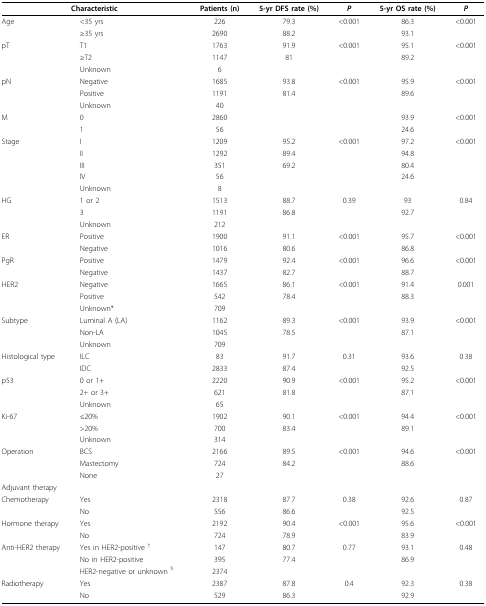
<table><thead><tr><td colspan="2"><b>Characteristic</b></td><td><b>Patients (n)</b></td><td><b>5-yr DFS rate (%)</b></td><td><b><i>P</i></b></td><td><b>5-yr OS rate (%)</b></td><td><b><i>P</i></b></td></tr></thead><tbody><tr><td>Age</td><td>&lt;35 yrs</td><td>226</td><td>79.3</td><td>&lt;0.001</td><td>86.3</td><td>&lt;0.001</td></tr><tr><td></td><td>≥35 yrs</td><td>2690</td><td>88.2</td><td></td><td>93.1</td><td></td></tr><tr><td>pT</td><td>T1</td><td>1763</td><td>91.9</td><td>&lt;0.001</td><td>95.1</td><td>&lt;0.001</td></tr><tr><td></td><td>≥T2</td><td>1147</td><td>81</td><td></td><td>89.2</td><td></td></tr><tr><td></td><td>Unknown</td><td>6</td><td></td><td></td><td></td><td></td></tr><tr><td>pN</td><td>Negative</td><td>1685</td><td>93.8</td><td>&lt;0.001</td><td>95.9</td><td>&lt;0.001</td></tr><tr><td></td><td>Positive</td><td>1191</td><td>81.4</td><td></td><td>89.6</td><td></td></tr><tr><td></td><td>Unknown</td><td>40</td><td></td><td></td><td></td><td></td></tr><tr><td>M</td><td>0</td><td>2860</td><td></td><td></td><td>93.9</td><td>&lt;0.001</td></tr><tr><td></td><td>1</td><td>56</td><td></td><td></td><td>24.6</td><td></td></tr><tr><td>Stage</td><td>I</td><td>1209</td><td>95.2</td><td>&lt;0.001</td><td>97.2</td><td>&lt;0.001</td></tr><tr><td></td><td>II</td><td>1292</td><td>89.4</td><td></td><td>94.8</td><td></td></tr><tr><td></td><td>III</td><td>351</td><td>69.2</td><td></td><td>80.4</td><td></td></tr><tr><td></td><td>IV</td><td>56</td><td></td><td></td><td>24.6</td><td></td></tr><tr><td></td><td>Unknown</td><td>8</td><td></td><td></td><td></td><td></td></tr><tr><td>HG</td><td>1 or 2</td><td>1513</td><td>88.7</td><td>0.39</td><td>93</td><td>0.84</td></tr><tr><td></td><td>3</td><td>1191</td><td>86.8</td><td></td><td>92.7</td><td></td></tr><tr><td></td><td>Unknown</td><td>212</td><td></td><td></td><td></td><td></td></tr><tr><td>ER</td><td>Positive</td><td>1900</td><td>91.1</td><td>&lt;0.001</td><td>95.7</td><td>&lt;0.001</td></tr><tr><td></td><td>Negative</td><td>1016</td><td>80.6</td><td></td><td>86.8</td><td></td></tr><tr><td>PgR</td><td>Positive</td><td>1479</td><td>92.4</td><td>&lt;0.001</td><td>96.6</td><td>&lt;0.001</td></tr><tr><td></td><td>Negative</td><td>1437</td><td>82.7</td><td></td><td>88.7</td><td></td></tr><tr><td>HER2</td><td>Negative</td><td>1665</td><td>86.1</td><td>&lt;0.001</td><td>91.4</td><td>0.001</td></tr><tr><td></td><td>Positive</td><td>542</td><td>78.4</td><td></td><td>88.3</td><td></td></tr><tr><td></td><td>Unknown*</td><td>709</td><td></td><td></td><td></td><td></td></tr><tr><td>Subtype</td><td>Luminal A (LA)</td><td>1162</td><td>89.3</td><td>&lt;0.001</td><td>93.9</td><td>&lt;0.001</td></tr><tr><td></td><td>Non-LA</td><td>1045</td><td>78.5</td><td></td><td>87.1</td><td></td></tr><tr><td></td><td>Unknown</td><td>709</td><td></td><td></td><td></td><td></td></tr><tr><td>Histological type</td><td>ILC</td><td>83</td><td>91.7</td><td>0.31</td><td>93.6</td><td>0.38</td></tr><tr><td></td><td>IDC</td><td>2833</td><td>87.4</td><td></td><td>92.5</td><td></td></tr><tr><td>p53</td><td>0 or 1+</td><td>2220</td><td>90.9</td><td>&lt;0.001</td><td>95.2</td><td>&lt;0.001</td></tr><tr><td></td><td>2+ or 3+</td><td>621</td><td>81.8</td><td></td><td>87.1</td><td></td></tr><tr><td></td><td>Unknown</td><td>65</td><td></td><td></td><td></td><td></td></tr><tr><td>Ki-67</td><td>≤20%</td><td>1902</td><td>90.1</td><td>&lt;0.001</td><td>94.4</td><td>&lt;0.001</td></tr><tr><td></td><td>&gt;20%</td><td>700</td><td>83.4</td><td></td><td>89.1</td><td></td></tr><tr><td></td><td>Unknown</td><td>314</td><td></td><td></td><td></td><td></td></tr><tr><td>Operation</td><td>BCS</td><td>2166</td><td>89.5</td><td>&lt;0.001</td><td>94.6</td><td>&lt;0.001</td></tr><tr><td></td><td>Mastectomy</td><td>724</td><td>84.2</td><td></td><td>88.6</td><td></td></tr><tr><td></td><td>None</td><td>27</td><td></td><td></td><td></td><td></td></tr><tr><td>Adjuvant therapy</td><td></td><td></td><td></td><td></td><td></td><td></td></tr><tr><td>Chemotherapy</td><td>Yes</td><td>2318</td><td>87.7</td><td>0.38</td><td>92.6</td><td>0.87</td></tr><tr><td></td><td>No</td><td>556</td><td>86.6</td><td></td><td>92.5</td><td></td></tr><tr><td>Hormone therapy</td><td>Yes</td><td>2192</td><td>90.4</td><td>&lt;0.001</td><td>95.6</td><td>&lt;0.001</td></tr><tr><td></td><td>No</td><td>724</td><td>78.9</td><td></td><td>83.9</td><td></td></tr><tr><td>Anti-HER2 therapy</td><td>Yes in HER2-positive <sup>†</sup></td><td>147</td><td>80.7</td><td>0.77</td><td>93.1</td><td>0.48</td></tr><tr><td></td><td>No in HER2-positive</td><td>395</td><td>77.4</td><td></td><td>86.9</td><td></td></tr><tr><td></td><td>HER2-negative or unknown <sup>§</sup></td><td>2374</td><td></td><td></td><td></td><td></td></tr><tr><td>Radiotherapy</td><td>Yes</td><td>2387</td><td>87.8</td><td>0.4</td><td>92.3</td><td>0.38</td></tr><tr><td></td><td>No</td><td>529</td><td>86.3</td><td></td><td>92.9</td><td></td></tr></tbody></table>